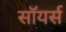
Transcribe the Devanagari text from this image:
सॉयर्स